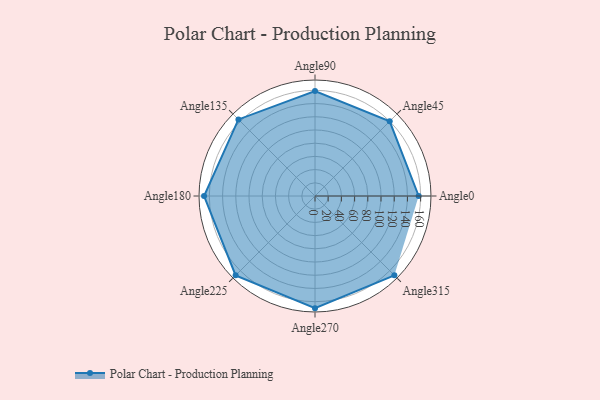
{"axis": {"x": "Angle", "y": "Radius"}, "legend": [""], "data": [{"x": "Angle0", "y": 157.0, "type": ""}, {"x": "Angle45", "y": 160.0, "type": ""}, {"x": "Angle90", "y": 159.0, "type": ""}, {"x": "Angle135", "y": 164.0, "type": ""}, {"x": "Angle180", "y": 168.0, "type": ""}, {"x": "Angle225", "y": 170, "type": ""}, {"x": "Angle270", "y": 170, "type": ""}, {"x": "Angle315", "y": 170, "type": ""}]}